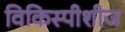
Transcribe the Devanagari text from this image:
विकिस्पीशीज